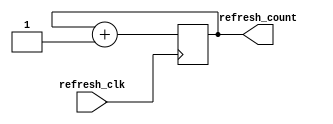
`timescale 1ns / 1ps

module refresh_counter(
    input refresh_clk,
    output reg [1:0] refresh_count = 0
    );
    
    always@(posedge refresh_clk)
    begin
        refresh_count <= refresh_count + 1'b1;
    end
endmodule